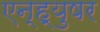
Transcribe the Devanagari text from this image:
एन्ह्युषर